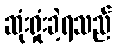
ဆုံးရှုံးခဲ့ရသည်